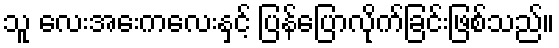
သူ လေးအေးကလေးနှင့် ပြန်ပြောလိုက်ခြင်းဖြစ်သည်။